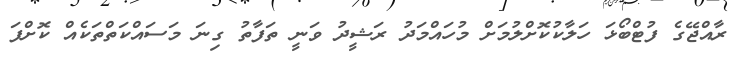
ރާއްޖޭގެ ފުޓްބޯޅަ ހަލާކުކޮށްލުމަށް މުހައްމަދު ރަޝީދު ވަނީ ތަފާތު ގިނަ މަސައްކަތްތަކެއް ކޮށްފަ